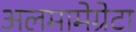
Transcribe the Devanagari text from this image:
अलमामेग्रेटा